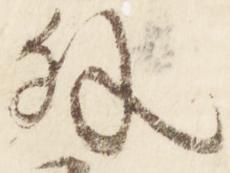
外